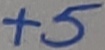
Text: +5